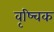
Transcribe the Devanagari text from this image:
वृष्चिक